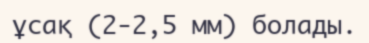
ұсақ (2-2,5 мм) болады.